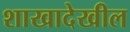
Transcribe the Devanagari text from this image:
शाखादेखील